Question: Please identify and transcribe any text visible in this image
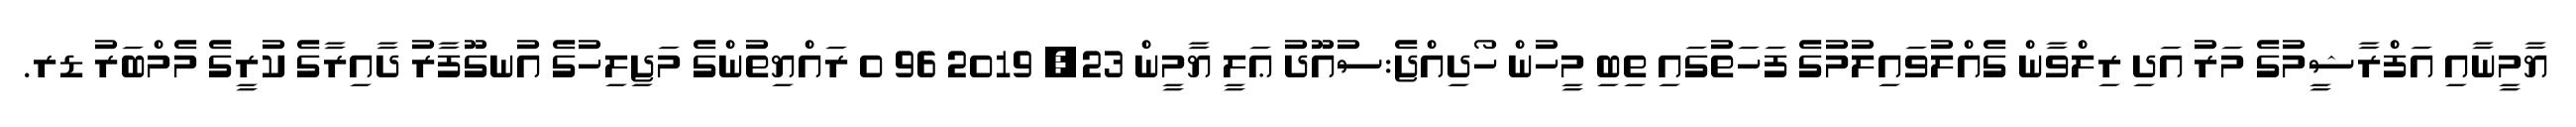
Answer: ޔާމީނާއި އަފްރާޝީމުގެ މަރު އަދި ރިލްވާން ގެއްލުވައިލުމުގެ ފަހަތުގައި ތިބި މީހުން ހޯދިއްޖެ:ސުއޫދު ޢަލީ ޔާމީން 23, 2019 96 0 ރައްޔިތުންގެ މަޖިލިހުގެ އުނގޫފާރު ދާއިރާގެ ކުރީގެ މެމްބަރު ޑރ.